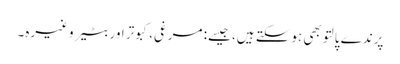
پرندے پالتو بھی ہوسکتے ہیں، جیسے: مرغی، کبوتر اور بٹیر وغیرہ۔